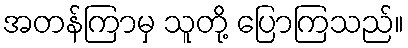
အတန်ကြာမှ သူတို့ ပြောကြသည်။